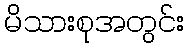
မိသားစုအတွင်း